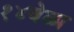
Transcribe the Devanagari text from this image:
१४वेळा